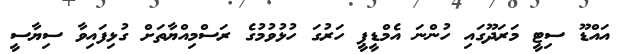
އައްޑޫ ސިޓީ މަރަދޫގައި ހުންނަ އެމްޑީޕީ ހަރުގަ ހުޅުވުމުގެ ރަސްމިއްޔާތަށް ގުޅިފައިވާ ސިޔާސީ